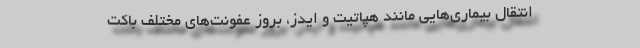
انتقال بیماری‌هایی مانند هپاتیت و ایدز، بروز عفونت‌های مختلف باکت